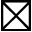
\boxtimes